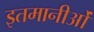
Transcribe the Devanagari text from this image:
इतमानीओं